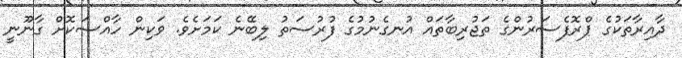
ދާއިރާތަކުގެ ޕްރޮފެސަރުންގެ ތަޖުރިބާތައް އުނގެނުމުގެ ފުރުސަތު ލިބޭނެ ކަމަށެވެ. ވަކިން ހާއްސަކޮށް ގާނޫނީ